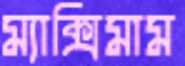
ম্যাক্সিমাম